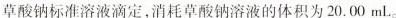
草酸钠标准溶液滴定，消耗草酸钠溶液的体积为20.00mL。